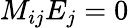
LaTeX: M_{ij}E_{j}=0